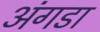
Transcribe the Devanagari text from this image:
अंगडा